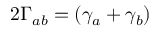
2 \Gamma _ { a b } = ( \gamma _ { a } + \gamma _ { b } )